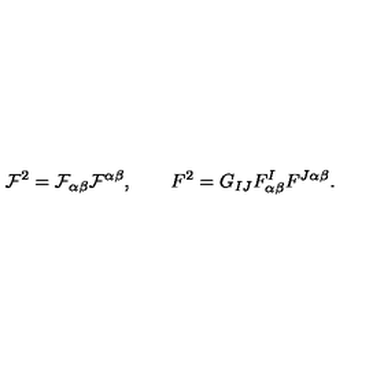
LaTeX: { \cal F } ^ { 2 } = { \cal F } _ { \alpha \beta } { \cal F } ^ { \alpha \beta } , \qquad F ^ { 2 } = G _ { I J } F _ { \alpha \beta } ^ { I } F ^ { J \alpha \beta } .